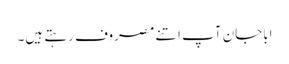
اباجان آپ اتنے مصروف رہتے ہیں۔